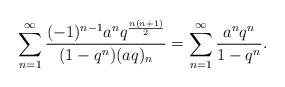
LaTeX: \begin{align*}\sum_{n=1}^{\infty}\frac{(-1)^{n-1}a^nq^\frac{n(n+1)}{2}}{(1-q^n)(aq)_n}=\sum_{n=1}^{\infty}\frac{a^nq^n}{1-q^n}.\end{align*}